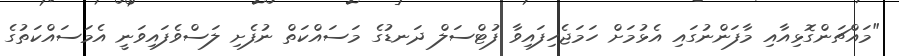
"މައްޗަންގޮޅިއާއި މާފަންނުގައި އެޅުމަށް ހަމަޖެހިފައިވާ ފުޓްސަލް ދަނޑުގެ މަސައްކަތް ނުފެށި ލަސްވެފައިވަނީ އެމަސައްކަތުގެ